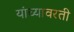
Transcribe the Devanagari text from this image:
यांच्यावरती